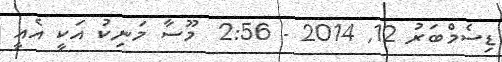
ޑިސެމްބަރު 12